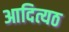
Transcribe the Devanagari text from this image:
आदित्यठ